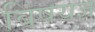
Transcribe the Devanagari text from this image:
विषयज्ञ